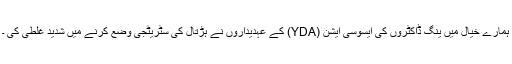
ہمارے خیال میں ینگ ڈاکٹروں کی ایسوسی ایشن (YDA) کے عہدیداروں نے ہڑتال کی سٹریٹجی وضع کرنے میں شدید غلطی کی ۔